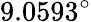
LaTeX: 9.0593^{\circ}